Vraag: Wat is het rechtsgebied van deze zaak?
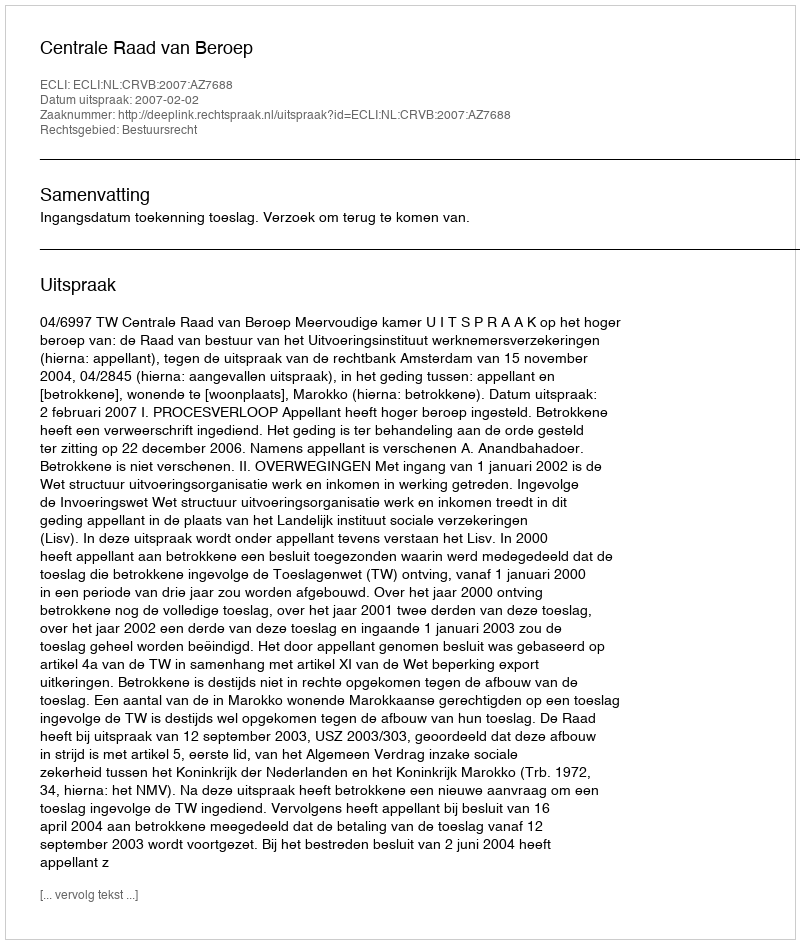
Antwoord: Bestuursrecht